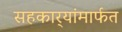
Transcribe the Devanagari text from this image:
सहकार्‍यांमार्फत